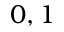
0 , 1